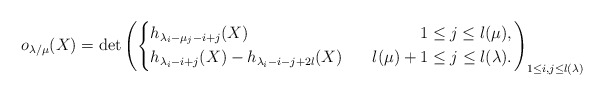
\begin{align*}o_{\lambda/\mu}(X)=\det\left(\left\{\begin{aligned}&h_{\lambda_i-\mu_j-i+j}(X)~~&~~1\leq j\leq l(\mu),\\&h_{\lambda_i-i+j}(X)-h_{\lambda_i-i-j+2l}(X)~&~~l(\mu)+1\leq j\leq l(\lambda).\end{aligned}\right.\right)_{1\leq i,j\leq l(\lambda)}\end{align*}